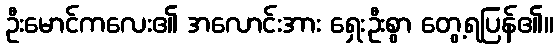
ဦးမောင်ကလေး၏ အလောင်းအား ရှေးဦးစွာ တွေ့ရပြန်၏။